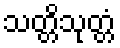
သတ္တိသုတ္တံ